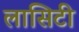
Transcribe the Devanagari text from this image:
लासिटी